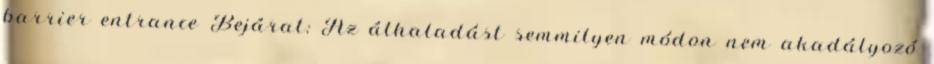
barrier entrance Bejárat: Az áthaladást semmilyen módon nem akadályozó